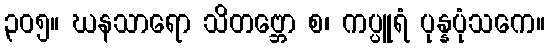
၃၀၅။ ဃနသာရော သိတဗ္ဘော စ၊ ကပ္ပူရံ ပုန္နပုံသကေ။